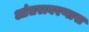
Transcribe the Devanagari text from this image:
आंतरावरणास